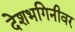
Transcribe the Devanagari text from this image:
देशभगिनीवर